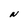
Character: N